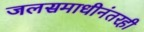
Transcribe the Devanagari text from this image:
जलसमाधीनंतरही